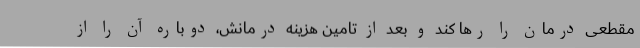
مقطعی درمان را رها کند و بعد از تامین هزینه درمانش، دوباره آن را از